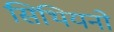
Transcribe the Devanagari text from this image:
सिथियनो